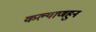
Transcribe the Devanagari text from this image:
कल्याणहुन